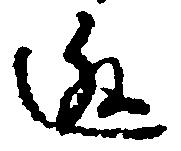
逃